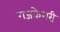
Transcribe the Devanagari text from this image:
गजकेशरी